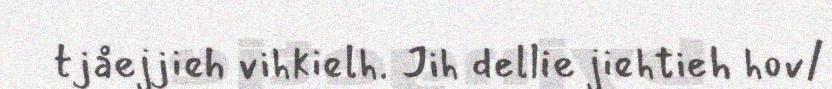
tjåejjieh vihkielh. Jih dellie jiehtieh hov/